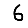
Digit: 6